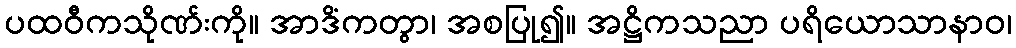
ပထဝီကသိုဏ်းကို။ အာဒိံကတွာ၊ အစပြု၍။ အဋ္ဌိကသညာ ပရိယောသာနာဝ၊